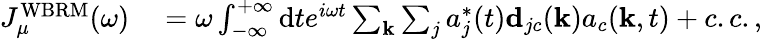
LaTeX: \begin{array}{rl}{J_{\mu}^{\mathrm{WBRM}}(\omega)}&{{}=\omega\int_{-\infty}^{+\infty}\mathrm{d}te^{i\omega t}\sum_{\textbf{k}}\sum_{j}a_{j}^{*}(t)\textbf{d}_{jc}(\textbf{k})a_{c}(\textbf{k},t)+c.c.,}\end{array}